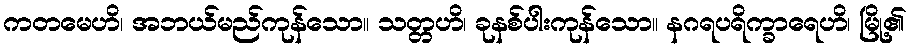
ကတမေဟိ၊ အဘယ်မည်ကုန်သော။ သတ္တဟိ၊ ခုနစ်ပါးကုန်သော။ နဂရပရိက္ခာရေဟိ၊ မြို့၏